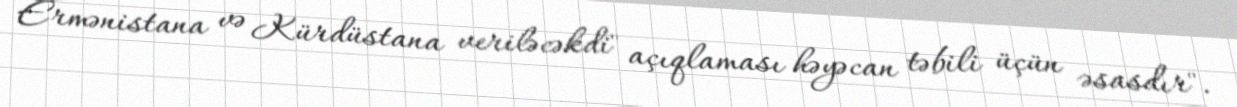
Ermənistana və Kürdüstana veriləcəkdi" açıqlaması həyəcan təbili üçün əsasdır".